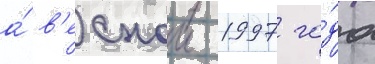
а́ в'еснои 1997 го́да